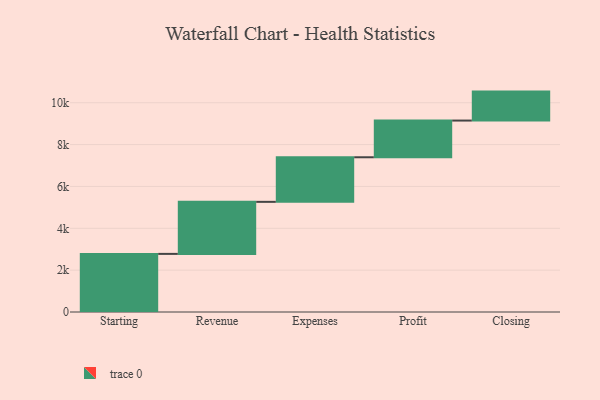
{"axis": {"x": "Step", "y": "Value"}, "legend": [""], "data": [{"x": "Starting", "y": 2777.0, "type": ""}, {"x": "Revenue", "y": 2487.0, "type": ""}, {"x": "Expenses", "y": 2131.0, "type": ""}, {"x": "Profit", "y": 1754.0, "type": ""}, {"x": "Closing", "y": 1384.0, "type": ""}]}